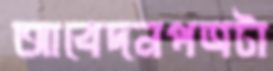
আবেদনপত্রটা